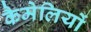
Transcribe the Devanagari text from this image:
कैमेलियों